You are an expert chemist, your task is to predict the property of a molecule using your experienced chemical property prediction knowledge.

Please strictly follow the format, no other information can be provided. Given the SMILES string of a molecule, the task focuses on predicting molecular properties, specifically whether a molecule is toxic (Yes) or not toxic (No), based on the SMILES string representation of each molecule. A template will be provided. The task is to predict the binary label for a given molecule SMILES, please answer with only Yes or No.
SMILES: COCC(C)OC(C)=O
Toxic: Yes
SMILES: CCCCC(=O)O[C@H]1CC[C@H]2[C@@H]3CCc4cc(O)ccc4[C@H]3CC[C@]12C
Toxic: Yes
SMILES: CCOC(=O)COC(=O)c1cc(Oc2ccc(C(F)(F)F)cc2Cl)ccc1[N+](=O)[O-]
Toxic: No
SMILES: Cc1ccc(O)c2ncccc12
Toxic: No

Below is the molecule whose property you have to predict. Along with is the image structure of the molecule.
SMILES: COC(=O)C1(O)c2ccccc2-c2ccccc21
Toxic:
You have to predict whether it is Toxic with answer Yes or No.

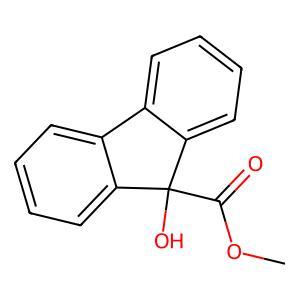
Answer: No